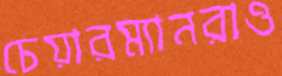
চেয়ারম্যানরাও